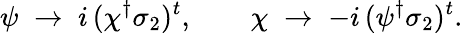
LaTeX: \psi\; \to\; i\, (\chi^{\dagger}\sigma_{2})^{t},\qquad\chi\; \to\; -i\, (\psi^{\dagger}\sigma_{2})^{t}.